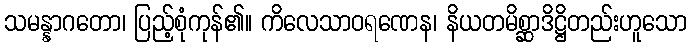
သမန္နာဂတော၊ ပြည့်စုံကုန်၏။ ကိလေသာဝရဏေန၊ နိယတမိစ္ဆာဒိဋ္ဌိတည်းဟူသော